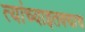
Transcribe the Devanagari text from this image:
त्यांच्याइतक्याच